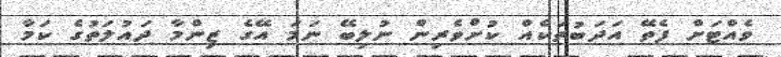
ވެއްޓަށް ފެތޭ އަދަބުތަކެއް ކުށްވެރިން ނުލިބޭ ނަމަ އޭގެ ޒިންމާ ދައުލަތުގެ ކަމާ